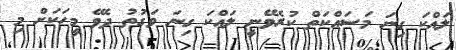
ލައްކަ ގިނަ މަސައްކަތް ކުރެވޭނީ ލައްކަ ގިނަ ވަގުތު ދެވޭ މީހަކަށް މި